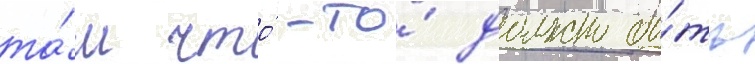
та́м что́-то́ должно бы́ть